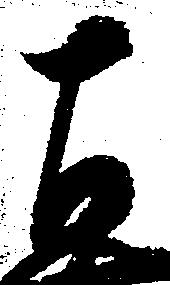
左